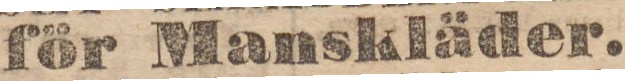
för Manskläder.